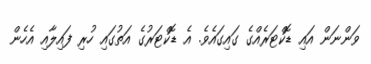
ވަންނަން އައި ޑޮކްޓަރެއްގެ ގައިގައެވެ. އެ ޑޮކްޓަރުގެ އަތުގައި ހުރި ފައިލާއި އެހެން